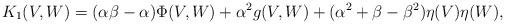
LaTeX: \begin{align*}K_{1}(V,W)=(\alpha\beta-\alpha)\Phi(V,W)+\alpha^{2}g(V,W)+(\alpha^{2}+\beta-\beta^{2})\eta(V)\eta(W), \end{align*}